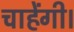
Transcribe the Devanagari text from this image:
चाहेंगी।